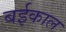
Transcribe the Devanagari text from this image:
बईकाल